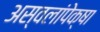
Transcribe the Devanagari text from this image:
अस्वलांपेक्षा